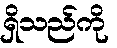
ရှိသည်ကို